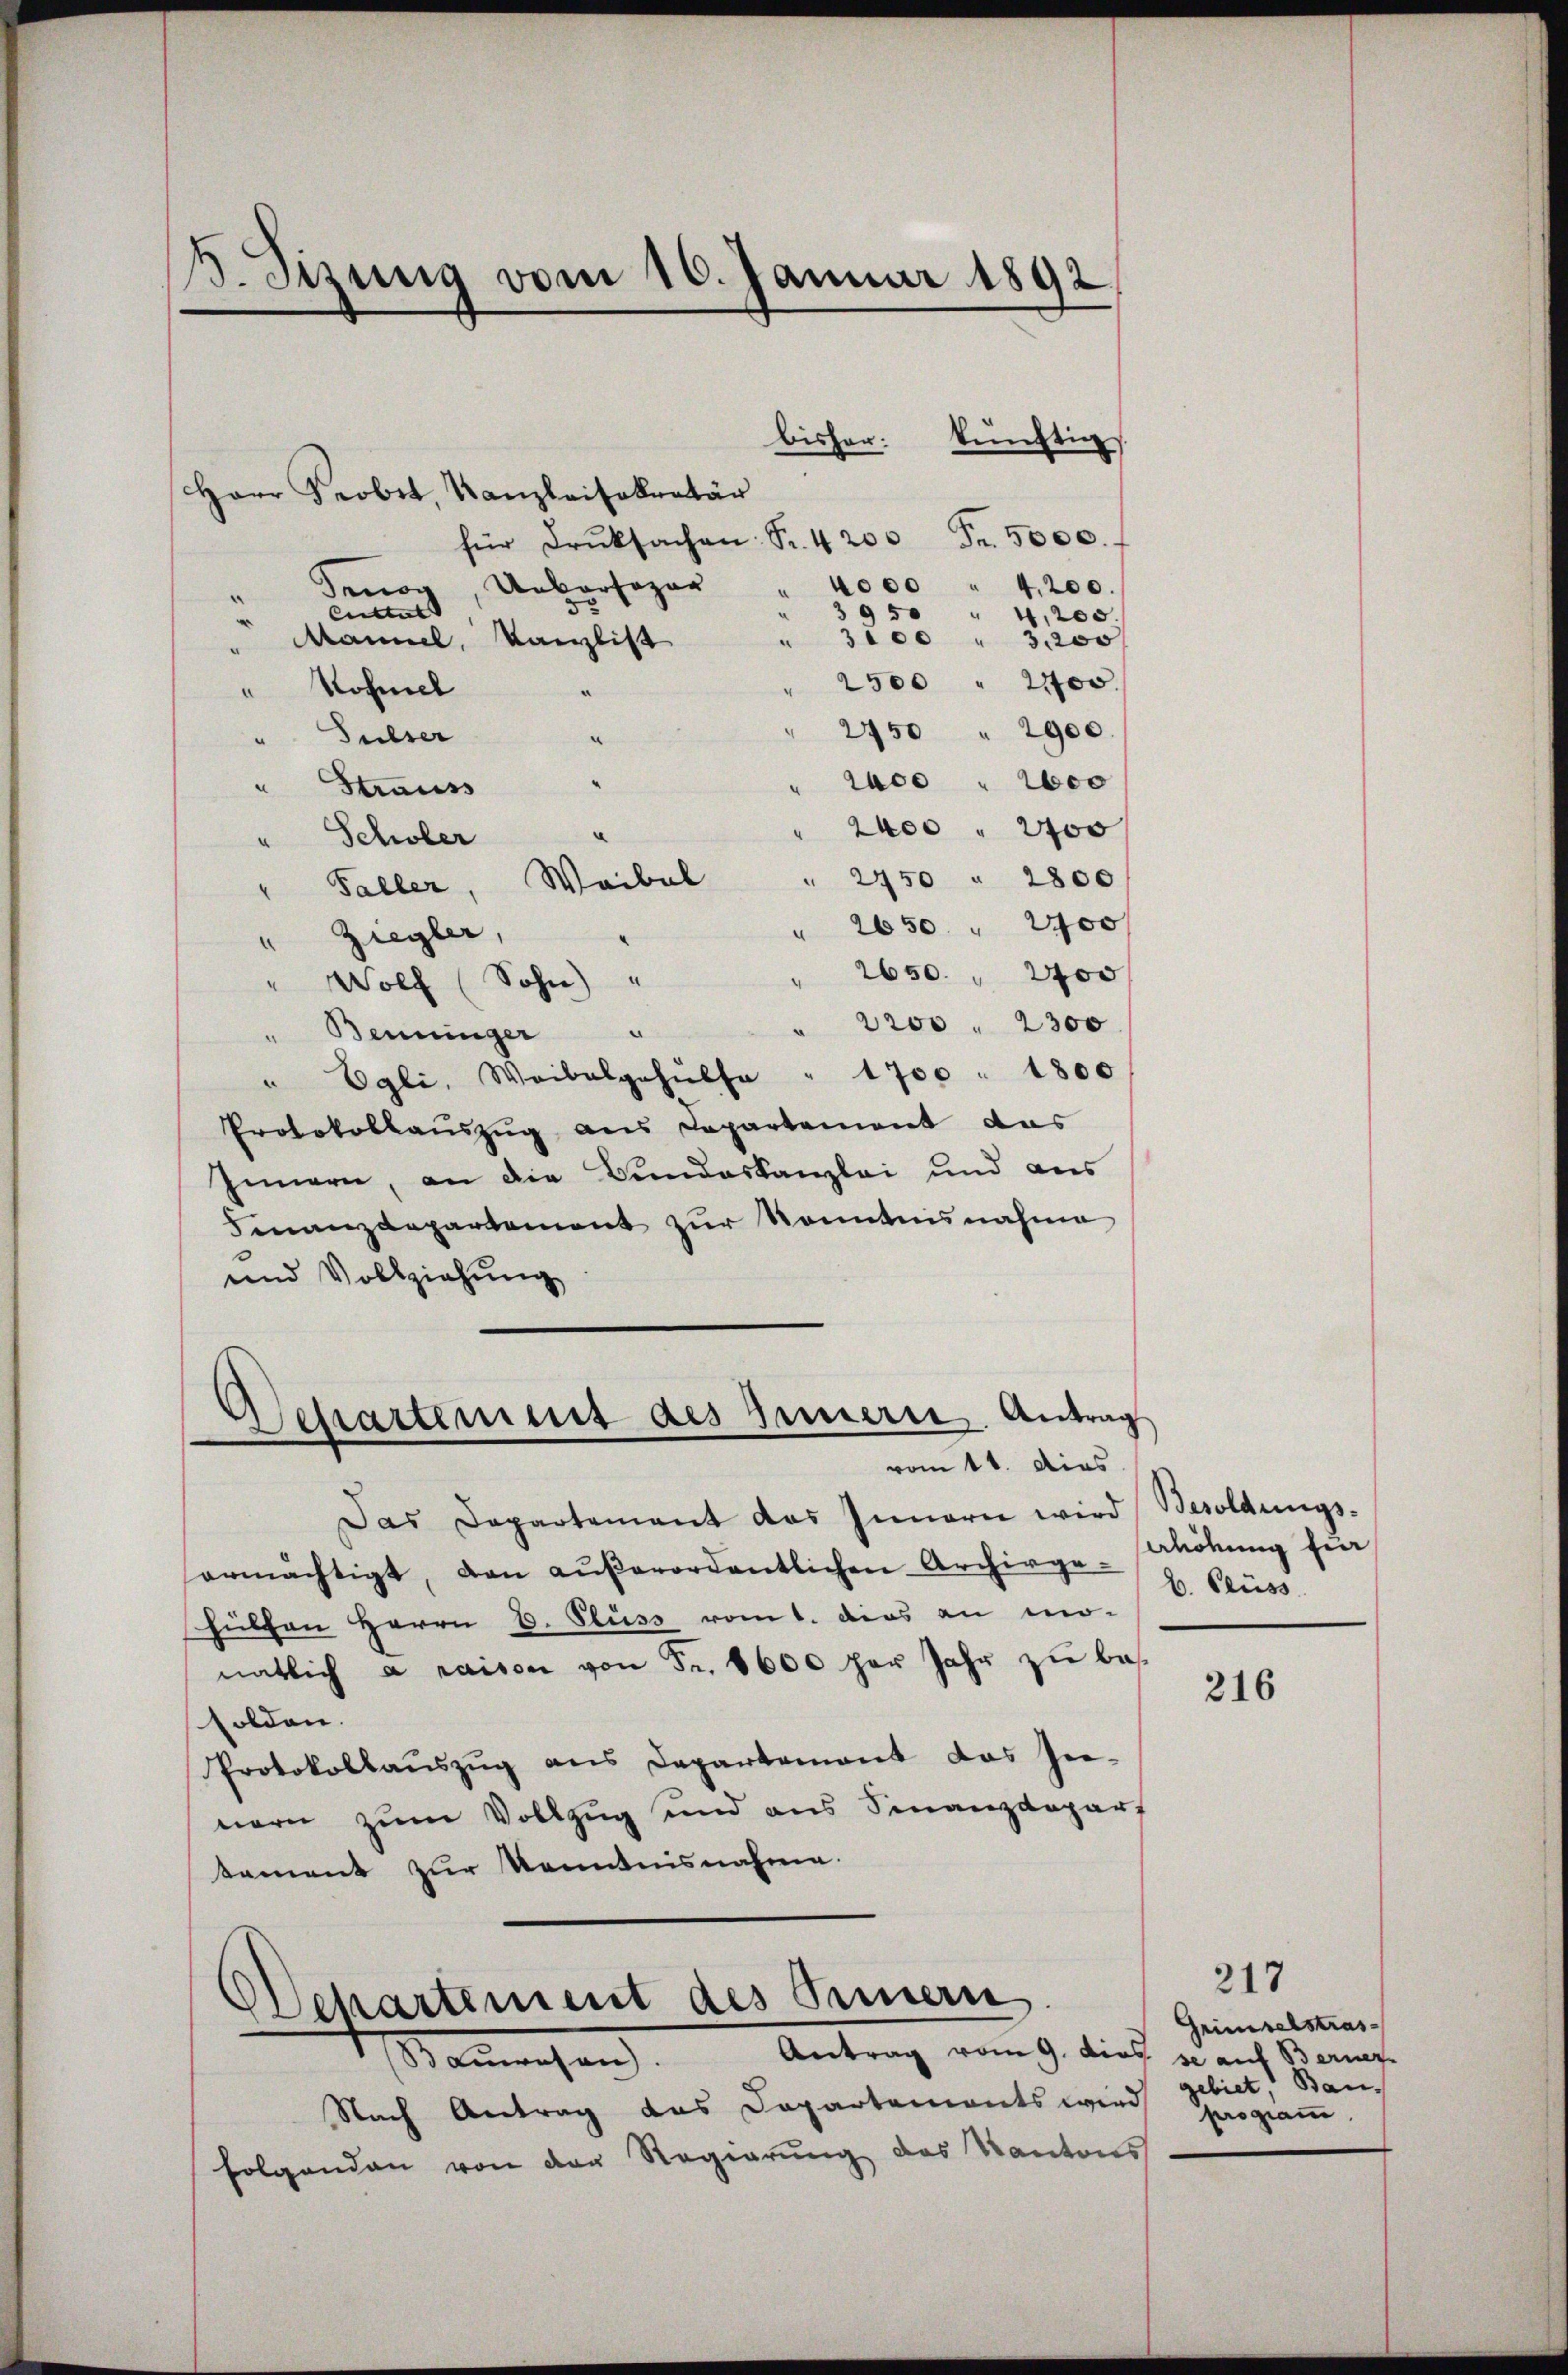
. Sizung vom 16. Januar 1892

Herr Probet, Kanzleisekretär
Tenoy, Uebersagar
Cultur
Maniel, Kanzlist
Rohmel
2750 " 2900.
Sulser
u
2000 " 1000
“
Strauss
Schler
2400 " 2400
Faller, Waibel " 2450 " 2800
" 2650 " 2400
" Ziegler,
2650. 2700
" Wolf (Sohn) "
2200 " 2300
Benninger
" Egli, Waibelgehülfe " 1700 " 1800
Protokollauszug aus Departement das
Innern, an die Bundeskanzlei und aus
Finanzdepartement zŭr Kenntnisnahme
und Vollziehung

für Druksachen: Fr. 4200 Fr. 5000.
4000
" 4,200.
95
"
4,200.
3100
e
3,200
.
2500 " 2100.

Aessartement des Innern Antrag
vom 11. dies

Departement des Sinnern
Bauwesen. Antrag vom 9. dies se auf Berner-

bisher künftig

Nach Antrag das Departements wird gebiet, Baufolgenden von der Regierŭng des Kantons

Das Departement das Innern wird Besoldungs-
ermächtigt, den aŭβerordentlichen Archivge- u. Grüss
fülten Herrn D. Fluss vom 1. dies an mo-
natlich à raison von Fr. 8600 per Jahr zu bes
solden.
Protokollaŭszŭg ans Departement das Ge-
nern zum Vollzug und aus Sinanzdepart
tament zur Kenntnisnahme.

aldung für

216

Grimselstras
programm.

317